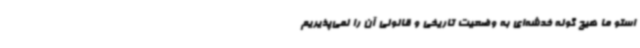
استو ما هیچ گونه خدشه‌ای به وضعیت تاریخی و قانونی آن را نمی‌پذیریم